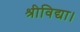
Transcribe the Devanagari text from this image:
श्रीविद्या।